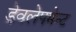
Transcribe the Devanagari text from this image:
डेवलेपमेन्ट